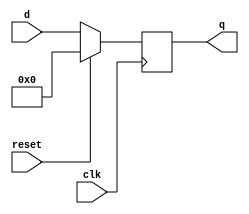
module top_module (
    input clk,
    input reset,            // Synchronous reset
    input [7:0] d,
    output [7:0] q
);
    always @(posedge clk)begin
        if(reset) q <= 0; // active high synchronous reset
        else q <= d;
    end
endmodule